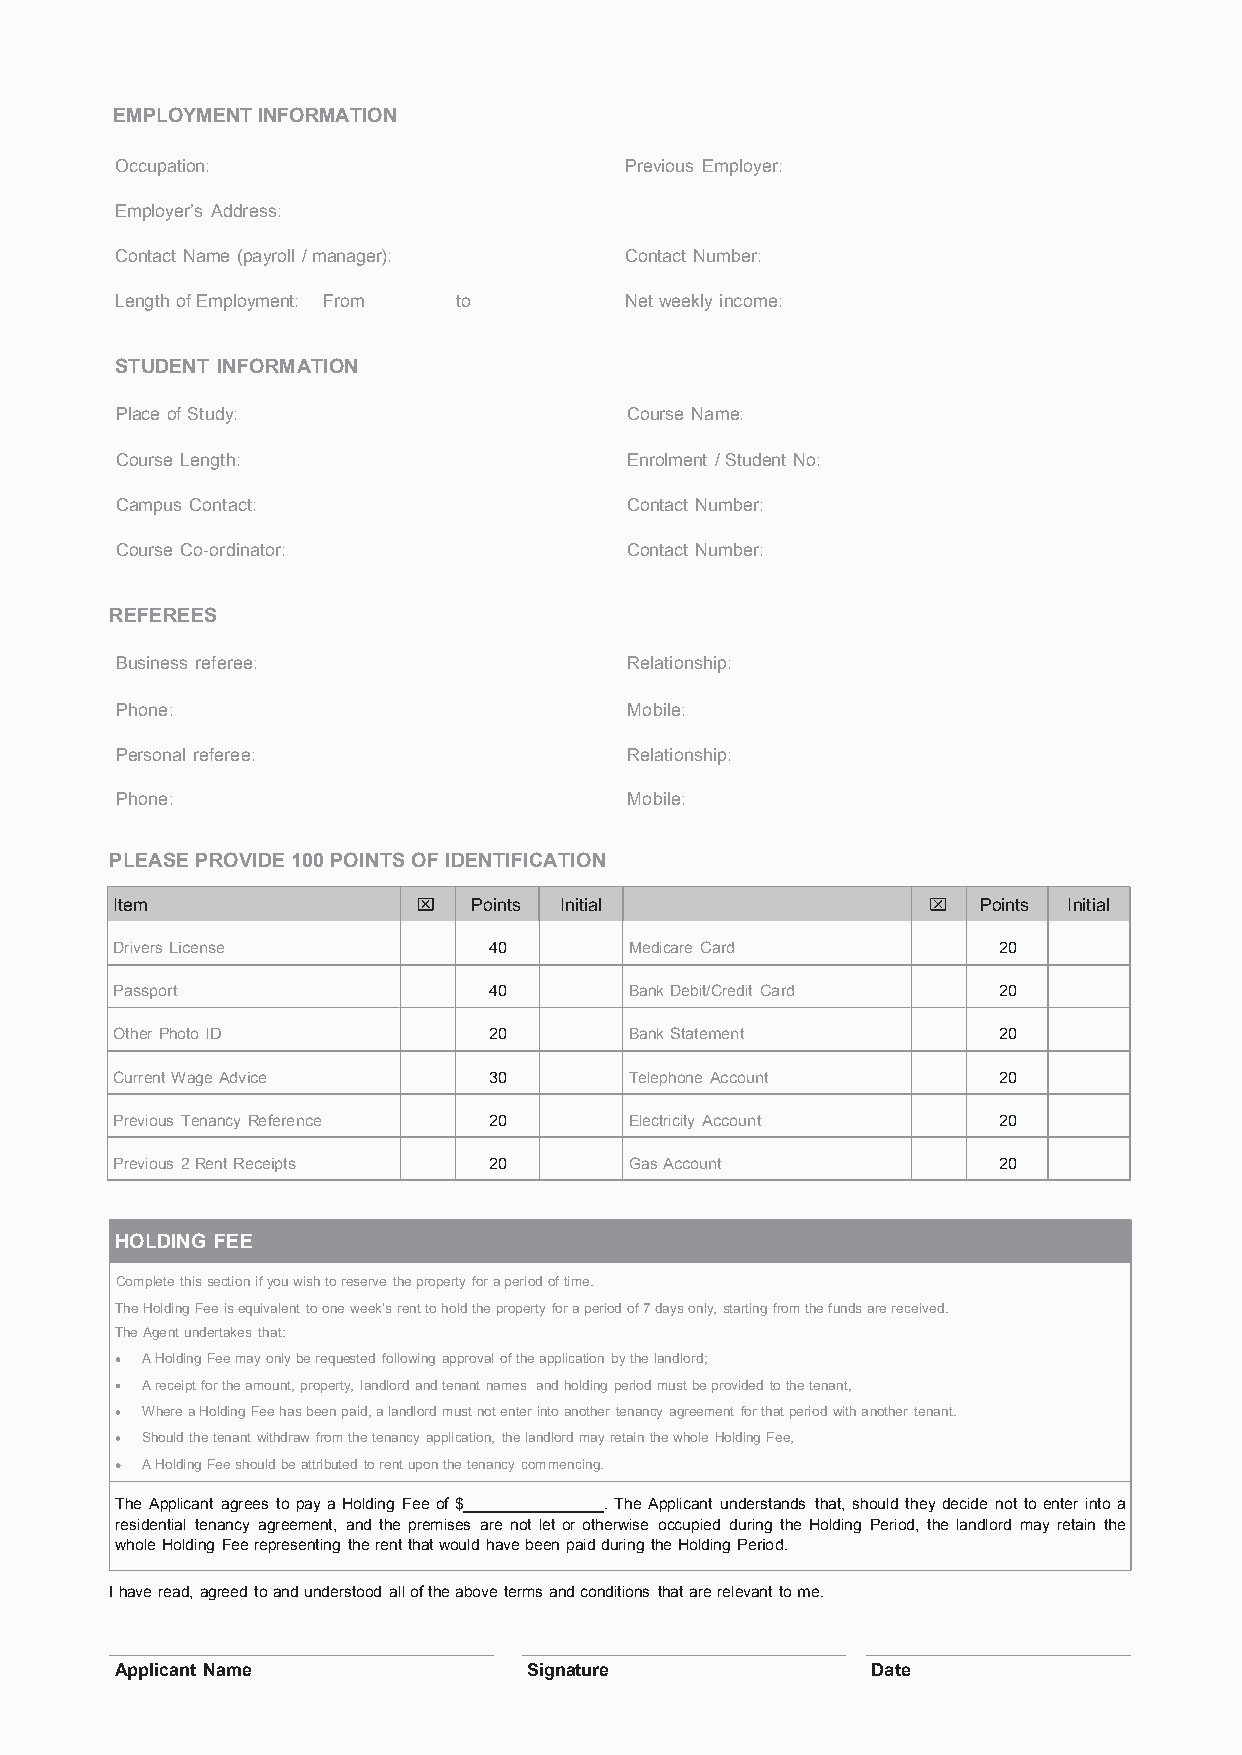
EMPLOYMENT INFORMATION
 Occupation:                      Previous Employer:
 Employer’s Address:
 Contact Name (payroll /manager): Contact Number:
 Length ofEmployment: From to     Netweeklyincome:
 STUDENT INFORMATION
 Place ofStudy:                    Course Name:
 Course Length:                    Enrolment /Student No:
 Campus Contact:                   Contact Number:
 Course Co-ordinator:              Contact Number:
 REFEREES
 Business referee:                 Relationship:
 Phone:                            Mobile:
 Personal referee:                 Relationship:
 Phone:                            Mobile:
 PLEASE PROVIDE 100 POINTS OF IDENTIFICATION
 Item                    Points Initial                    Points Initial
 Drivers License          40        Medicare Card           20
 Passport                 40        BankDebit/Credit Card   20
 OtherPhotoID             20        BankStatement           20
 CurrentWageAdvice        30        Telephone Account       20
 Previous Tenancy Reference 20      Electricity Account     20
 Previous 2RentReceipts   20        GasAccount              20
 HOLDING FEE
 Completethissectionifyouwishtoreservethepropertyforaperiodoftime.
 TheHoldingFeeisequivalent tooneweek’srenttoholdthepropertyforaperiodof7daysonly,startingfromthefundsarereceived.
 TheAgentundertakes that:
 AHoldingFeemayonlyberequestedfollowingapprovaloftheapplication bythelandlord;
 Areceiptfortheamount,property, landlordandtenantnames andholdingperiodmustbeprovidedtothetenant,
 WhereaHoldingFeehasbeenpaid,alandlordmustnotenterintoanother tenancyagreement forthatperiodwithanothertenant.
 Shouldthetenantwithdrawfromthetenancyapplication, thelandlordmayretainthewholeHoldingFee,
 AHoldingFeeshouldbeattributed torentuponthetenancycommencing.
 The Applicant agrees topayaHolding Fee of$ .The Applicant understands that, should they decide not toenter into a
 residential tenancy agreement, and the premises are not let or otherwise occupied during the Holding Period, the landlord may retain the
 wholeHolding Feerepresenting therentthatwould havebeenpaidduring theHolding Period.
 Ihaveread,agreedtoandunderstood alloftheaboveterms andconditions thatarerelevant tome.
 Applicant Name             Signature              Date